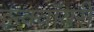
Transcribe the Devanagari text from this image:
इन्क्वॉयरी